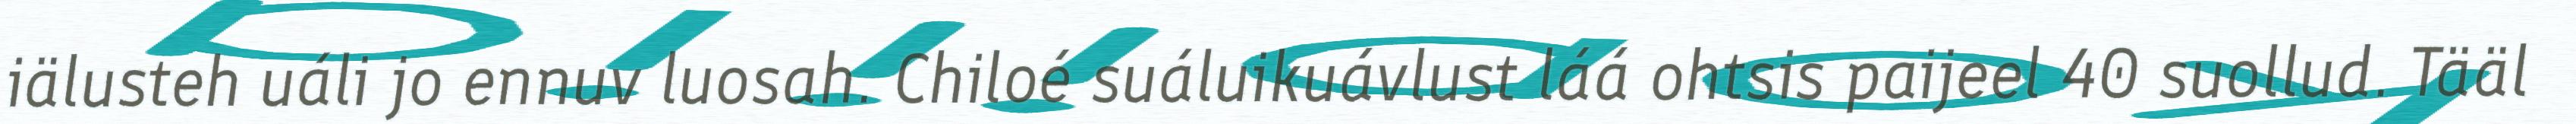
iälusteh uáli jo ennuv luosah. Chiloé suáluikuávlust láá ohtsis paijeel 40 suollud. Tääl